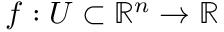
f : U \subset \mathbb { R } ^ { n } \to \mathbb { R }